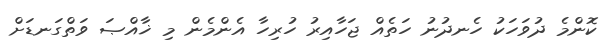
ކޮންމެ ދުވަހަކު ހެނދުނު ހަތެއް ޖަހާއިރު ހުރިހާ އެންމެން މި ޚާއްޞަ ވަތްގަނޑަށް